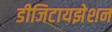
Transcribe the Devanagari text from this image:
डीजिटायझेशन